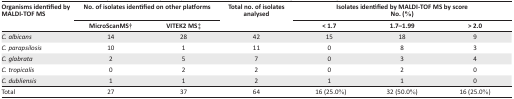
| <ROWSPAN=2> Organisms identified by MALDI-TOF MS | <COLSPAN=2> No. of isolates identified on other platforms | <ROWSPAN=2> Total no. of isolates analysed | <COLSPAN=3> Isolates identified by MALDI-TOF MS by score No. (%) |
 | MicroScanMS† | VITEK2 MS‡ | < 1.7 | 1.7–1.99 | > 2.0 |
 | --- | --- | --- | --- | --- | --- | --- |
 | C. albicans | 14 | 28 | 42 | 15 | 18 | 9 |
 | C. parapsilosis | 10 | 1 | 11 | 0 | 8 | 3 |
 | C. glabrata | 2 | 5 | 7 | 0 | 3 | 4 |
 | C. tropicalis | 0 | 2 | 2 | 0 | 2 | 0 |
 | C. dubliensis | 1 | 1 | 2 | 1 | 1 | 0 |
 | Total | 27 | 37 | 64 | 16 (25.0%) | 32 (50.0%) | 16 (25.0%) |